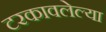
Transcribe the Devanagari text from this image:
टरकावलेल्या